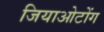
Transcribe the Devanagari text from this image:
जियाओटोंग